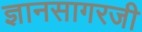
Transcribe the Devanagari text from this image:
ज्ञानसागरजी